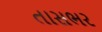
તાસભર